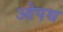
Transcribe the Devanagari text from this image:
ओपथ